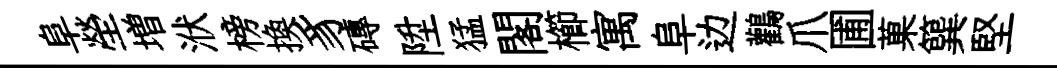
阜塋増洑榜换豸磚陞猛閣櫛寓阜边鸛爪圃菓簨堅